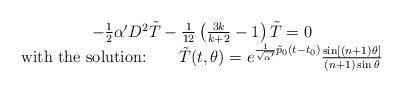
LaTeX: \begin{align*}\begin{array}{c}-\frac{1}{2} \alpha' D^2 \tilde{T} - \frac{1}{12}\left(\frac{3k}{k+2}-1\right) \tilde{T} = 0\\\mbox{with the solution:}\qquad \tilde{T}(t,\theta) =e^{\frac{1}{\sqrt{\alpha'}}\tilde{p}_0 (t-t_0)} \frac{\sin[(n+1)\theta]} {(n+1)\sin \theta}\end{array}\end{align*}